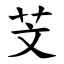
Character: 芠